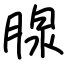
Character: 腺